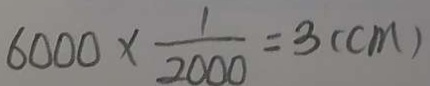
6 0 0 0 \times \frac { 1 } { 2 0 0 0 } = 3 ( c m )